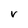
Character: V